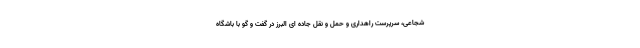
شجاعی، سرپرست راهداری و حمل و نقل جاده ای البرز در گفت و گو با باشگاه